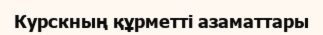
Курскның құрметті азаматтары